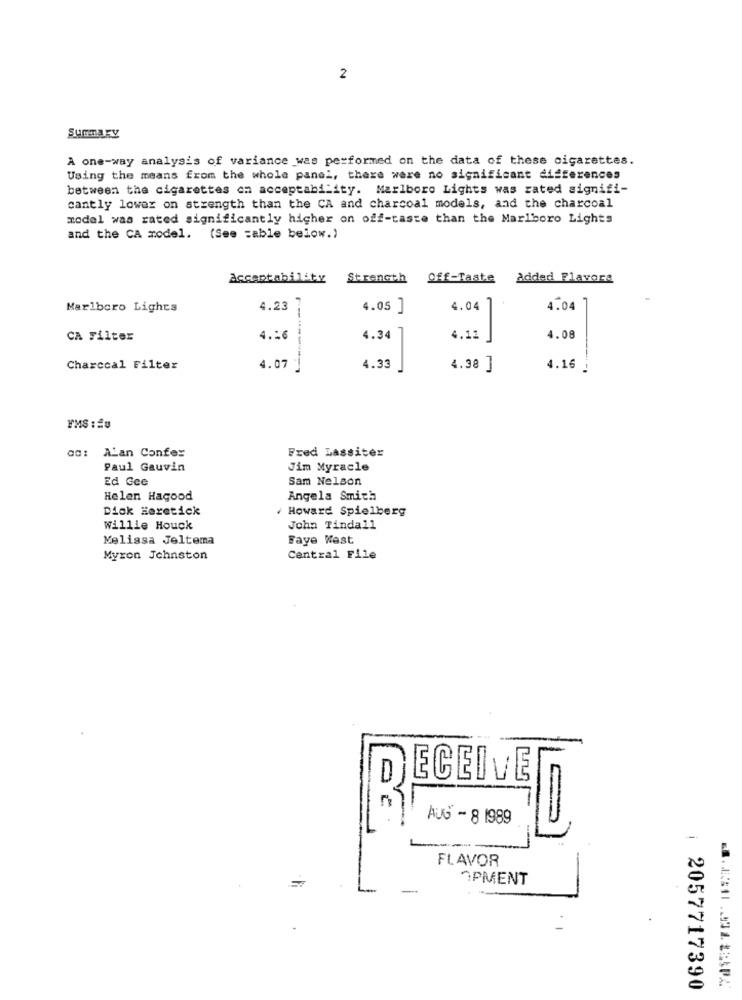
2
Summary
A one-way analysis of variance was performed on the data of these cigarettes.
Using the means from the whole panel, there were no significant differences
between the cigarettes on acceptability. Marlboro Lights was rated signifi-
cantly lower on strength than the CA and charcoal models, and the charcoal
model was rated significantly higher on off-taste than the Marlboro Lights
and the CA model. (See =able below.)
Acceptability
Strength
off-Taste
added Flavors
Marlboro Lights
4.23
4.05 ]
4.04 ]
4.04
CA Filter
4.16
4.12
4.08
--------
4.34
Charcoal Filter
4.07
4.33
4.38 ]
4.16
YMS : 20
od: Alan Confer
Fred Lassiter
Paul Gauvin
Jim Myracle
Ed Gee
Sam Nelson
Helen Hagood
Angela Smith
Dick Heretick
Howard Spielberg
Willie Houck
John Tindall
Melissa Jeltema
Faye Kest
Myron Johnston
Central File
25
D
FLAVOR
OPMENT
2057717390